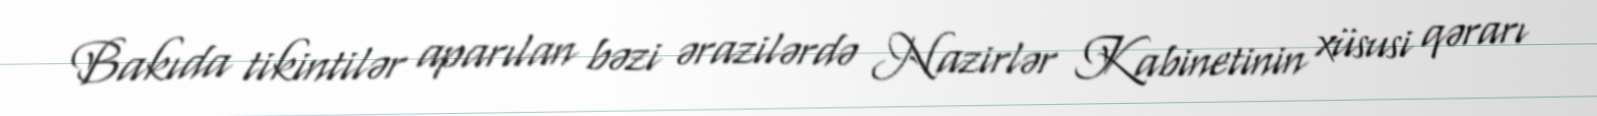
Bakıda tikintilər aparılan bəzi ərazilərdə Nazirlər Kabinetinin xüsusi qərarı